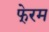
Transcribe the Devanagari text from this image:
फे्रम